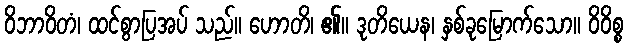
ဝိဘာဝိတံ၊ ထင်စွာပြအပ် သည်။ ဟောတိ၊ ၏။ ဒုတိယေန၊ နှစ်ခုမြောက်သော။ ဝိဝိစ္စ